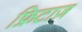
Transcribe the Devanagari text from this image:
फ्रिटाज़